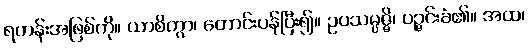
ရဟန်းအဖြစ်ကို။ ယာစိတွာ၊ တောင်းပန်ပြီး၍။ ဥပသမ္ပဇ္ဇိ၊ ပဉ္ဇင်းခံ၏။ အထ၊